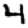
Digit: 4